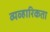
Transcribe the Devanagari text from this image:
व्यव्हारिकता